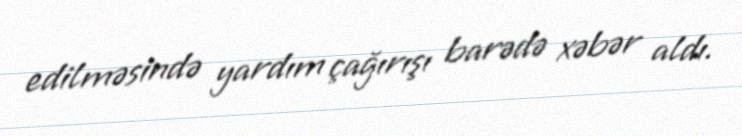
edilməsində yardım çağırışı barədə xəbər aldı.